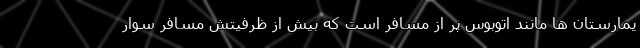
یمارستان ها مانند اتوبوس پر از مسافر است که بیش از ظرفیتش مسافر سوار